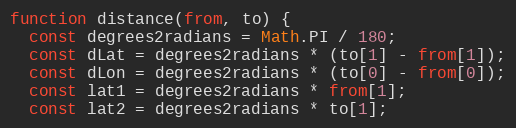
Language: JavaScript
function distance(from, to) {
  const degrees2radians = Math.PI / 180;
  const dLat = degrees2radians * (to[1] - from[1]);
  const dLon = degrees2radians * (to[0] - from[0]);
  const lat1 = degrees2radians * from[1];
  const lat2 = degrees2radians * to[1];